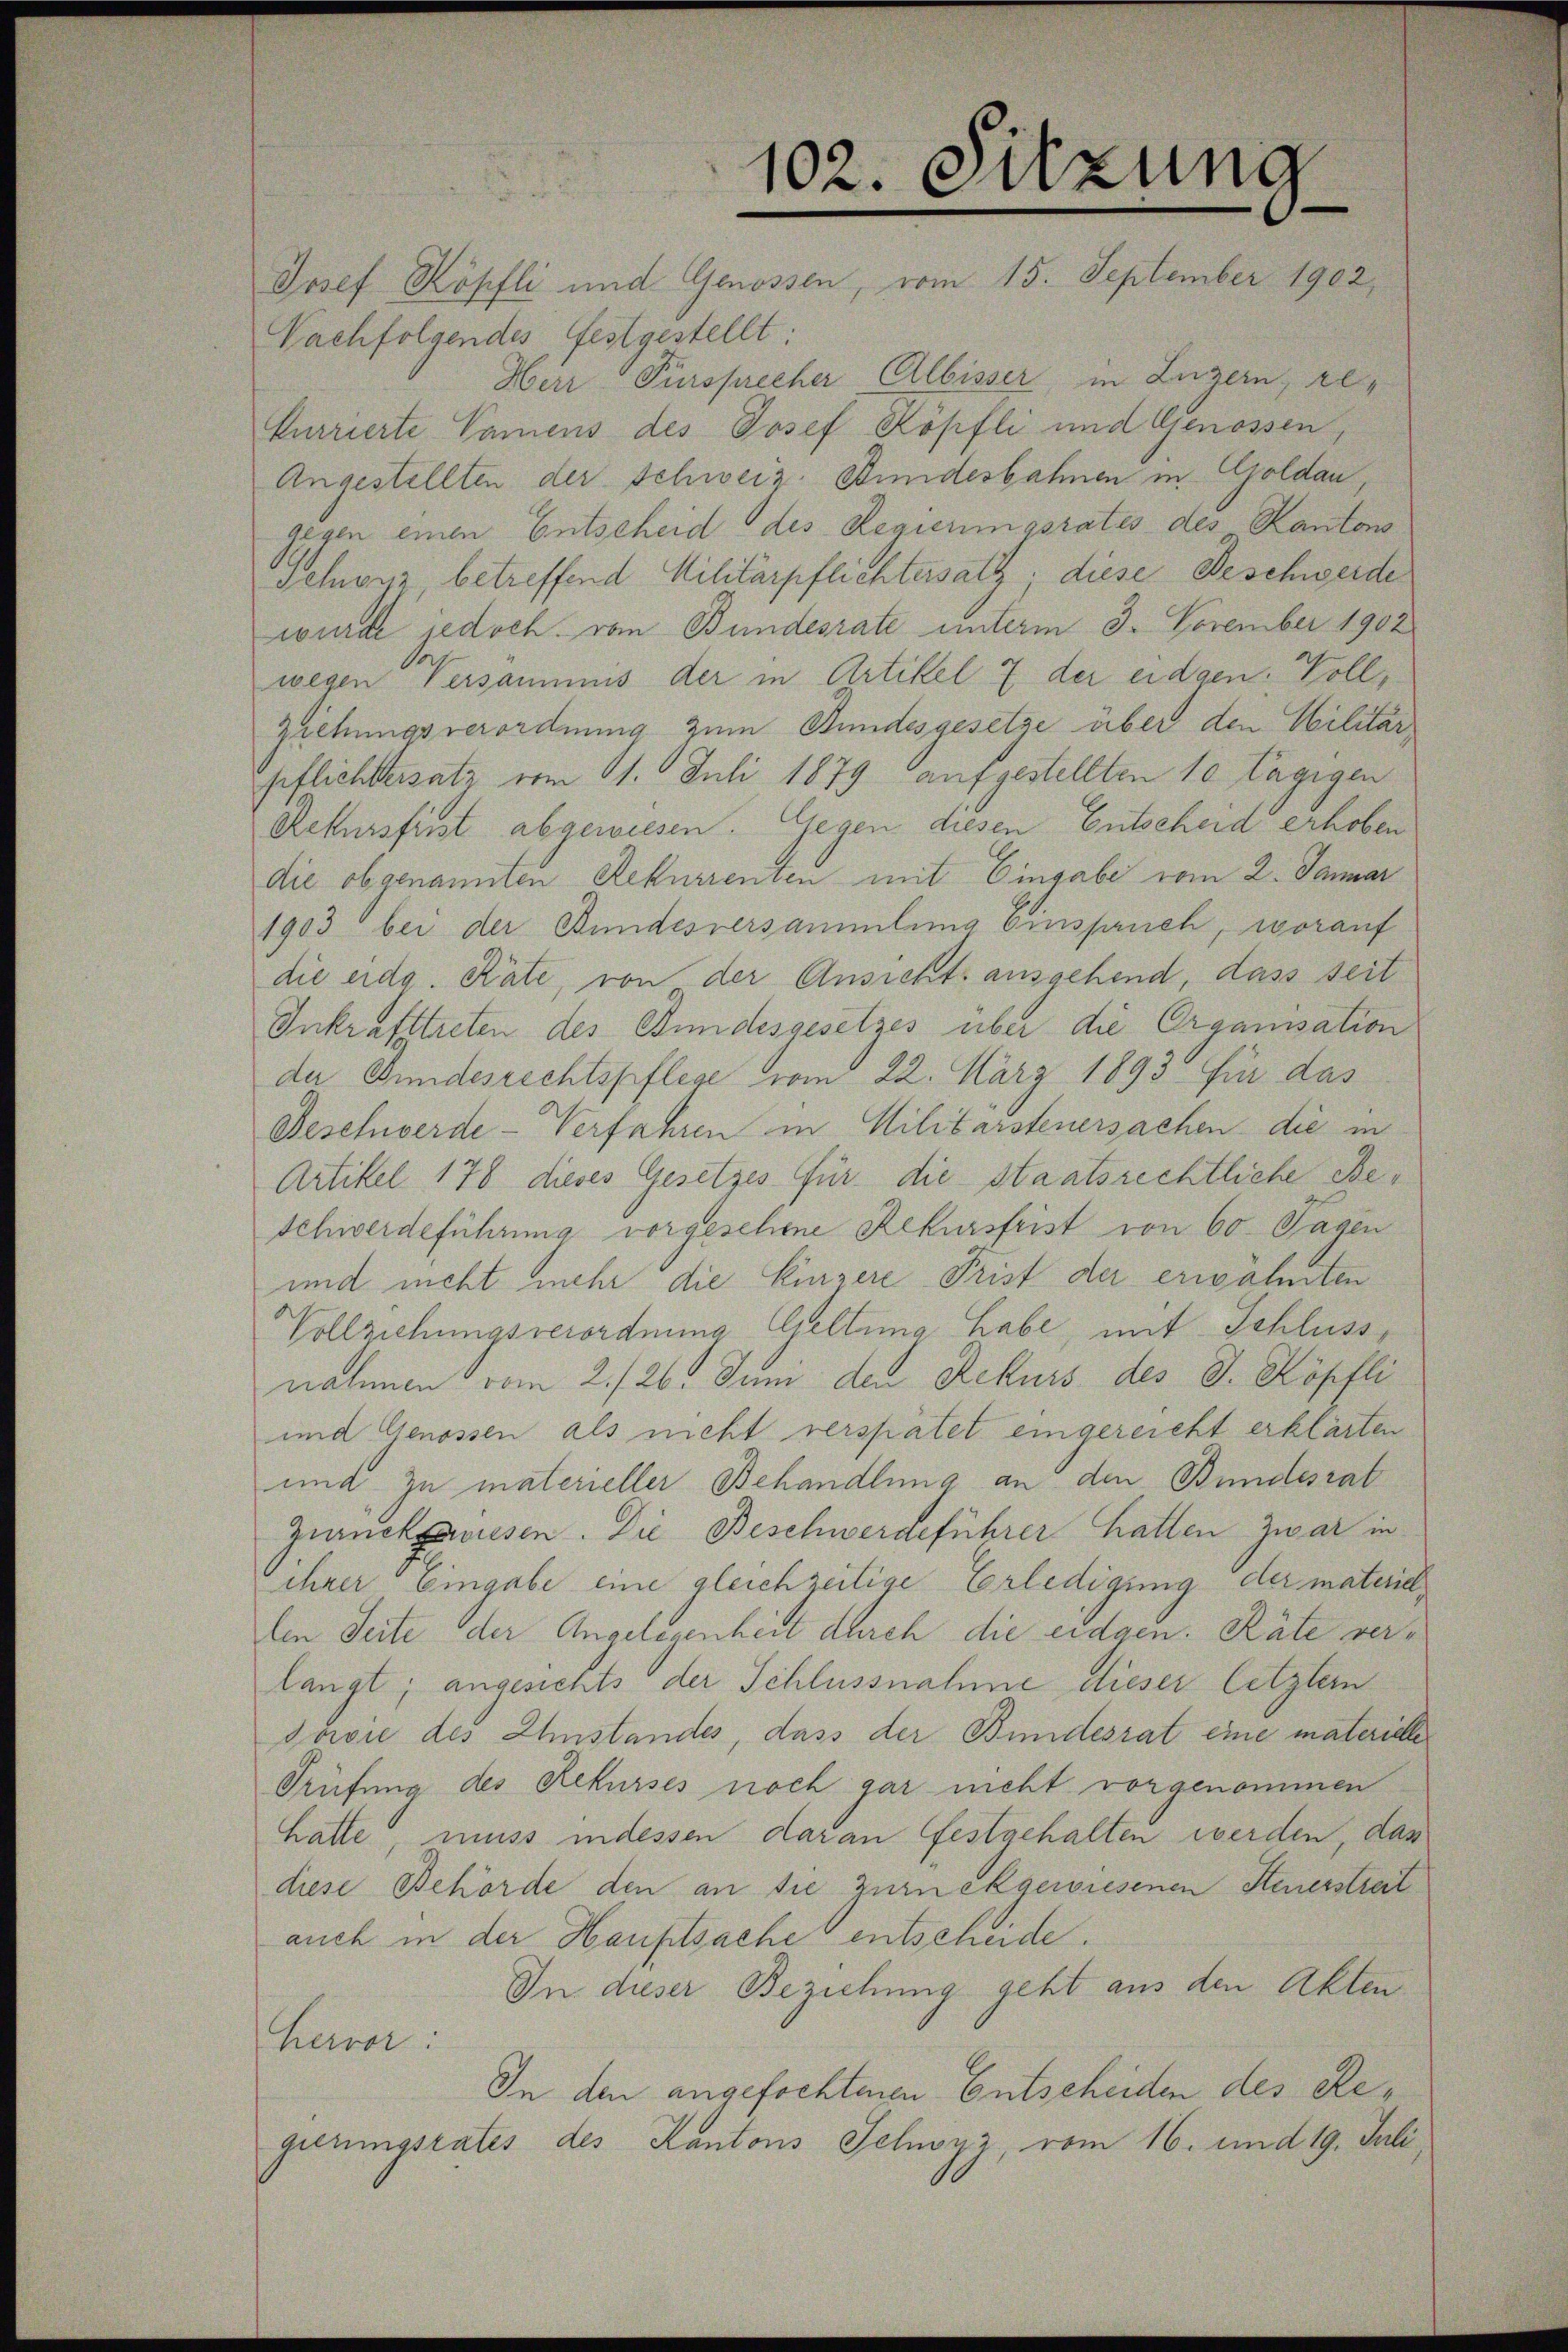
102. Sitzung
Josef Köpfli und Genossen, vom 15. September 1902,

Nachfolgendes festgestellt:
Herr Fürsprecher Albisser in Luzern, re¬
Currierte Namens des Josef Köpfli und Genossen,
Angestellten der Schweiz. Stundesbahnen in Goldau,
gegen einen Entscheid des Regierungsrates des Kantons
sehionz betreffend Militärpflichtersatz, diese Beschwerde
wurde jedoch von Bundesrate unterm 3. November 1902
wegen Versäumnis der in Artikel 7 der eidgen. Vollziehungsverordnung zum Stundesgesetze über den Militär
pflichtersatz vom 11. Juli 1879 aufgestellten 10 Tagigen
Rekursfrist abgewiesen. Gegen diesen Entscheid erhoben
die obgenannten Rekurrenten mit Eingabe vom 2. Januar
1903 bei der Bundesversammlung einspruch, worauf
die eidg. Räte, von der Ansicht ausgehend, dass seit
Inkrafttreten des Bundesgesetzes über die Organisation
der Bundesrechtspflege vom 22. März 1893. für das
Beschwerde-Verfahren in Militarsteuersachen die in
Artikel 178 dieses Gesetzes für die staatsrechtliche Be¬
Schwerdeführung vorgesehene Rekursfrist von 60 Tagen
und nicht mehr die Einzere Prist der erwähnten
Vollziehungsverordnung Geltung habe, mit Schluss,
nahmen vom 2./26. Juni den Rekurs des S. Köpfli
und Genossen als nicht verspätet eingereicht erklärten
und zu materieller Behandlung an den Bundesrat
Zurückzusen. Die Beschwerdeführer hatten zwar in
ihrer Eingabe eine gleichzeitige Verledigung der materiellen Seite der Angelegenheit durch die eidgen. Räte verlangt; angesichts der Schlussnahme dieser letztem
Jović des Instandes, dass der Bundesrat eine materielle
Prüfung des Rekurses noch gar nicht vorgenommen
hatte, muss indessen daran festgehalten werden, das
diese Behörde den an sie zurückgewiesenen Steuerstrat
auch in der Hauptsache entscheide.
In dieser Beziehung geht aus den Akten
Hervor:
In den angefochtenen Entscheiden des Regierungsrates des Kantons Schwyz, vom 16. und 19. Juli